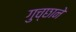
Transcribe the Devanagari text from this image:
गुच्छाने